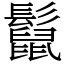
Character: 𩯡